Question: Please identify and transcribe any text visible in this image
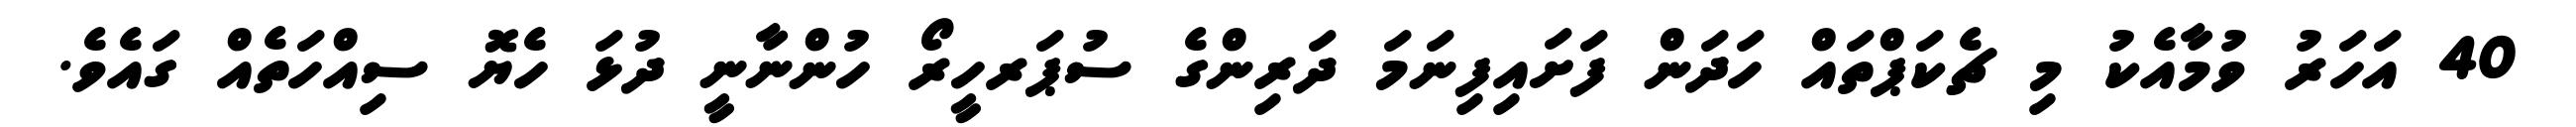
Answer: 40 އަހަރު ވުމާއެކު މި ޗެކަޕްތައް ހަދަން ފަށައިފިނަމަ ދަރިންގެ ސުޕަރހީރޯ ހުންނާނީ ދުޅަ ހެޔޮ ސިއްހަތެއް ގައެވެ.